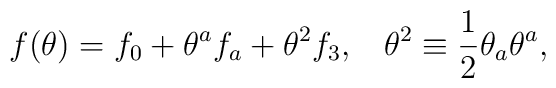
f(\theta)=f_0+\theta^a f_a+\theta^2 f_3, \;\;\; \theta^2\equiv\frac{1}{2}\theta_a\theta^a,